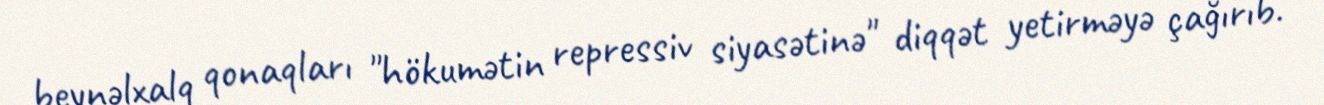
beynəlxalq qonaqları "hökumətin repressiv siyasətinə" diqqət yetirməyə çağırıb.